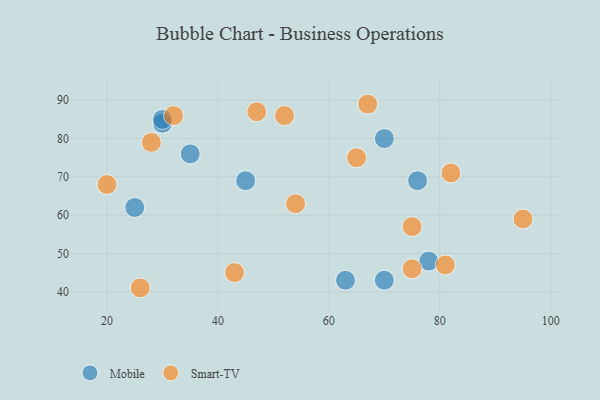
{"axis": {"x": "GDP", "y": "Life Expectancy"}, "legend": ["Mobile", "Smart-TV"], "data": [{"x": "78", "y": 48, "type": "Mobile"}, {"x": "70", "y": 43, "type": "Mobile"}, {"x": "30", "y": 84, "type": "Mobile"}, {"x": "25", "y": 62, "type": "Mobile"}, {"x": "63", "y": 43, "type": "Mobile"}, {"x": "30", "y": 85, "type": "Mobile"}, {"x": "35", "y": 76, "type": "Mobile"}, {"x": "76", "y": 69, "type": "Mobile"}, {"x": "45", "y": 69, "type": "Mobile"}, {"x": "70", "y": 80, "type": "Mobile"}, {"x": "95", "y": 59, "type": "Smart-TV"}, {"x": "67", "y": 89, "type": "Smart-TV"}, {"x": "65", "y": 75, "type": "Smart-TV"}, {"x": "32", "y": 86, "type": "Smart-TV"}, {"x": "75", "y": 57, "type": "Smart-TV"}, {"x": "43", "y": 45, "type": "Smart-TV"}, {"x": "75", "y": 46, "type": "Smart-TV"}, {"x": "54", "y": 63, "type": "Smart-TV"}, {"x": "82", "y": 71, "type": "Smart-TV"}, {"x": "47", "y": 87, "type": "Smart-TV"}, {"x": "52", "y": 86, "type": "Smart-TV"}, {"x": "26", "y": 41, "type": "Smart-TV"}, {"x": "28", "y": 79, "type": "Smart-TV"}, {"x": "81", "y": 47, "type": "Smart-TV"}, {"x": "20", "y": 68, "type": "Smart-TV"}]}